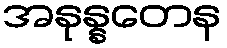
အနုန္နတေန